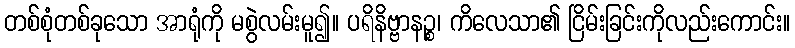
တစ်စုံတစ်ခုသော အာရုံကို မစွဲလမ်းမူ၍။ ပရိနိဗ္ဗာနဉ္စ၊ ကိလေသာ၏ ငြိမ်းခြင်းကိုလည်းကောင်း။